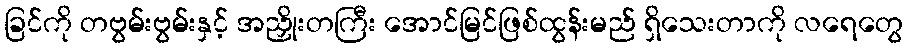
ခြင်ကို တဗွမ်းဗွမ်းနှင့် အညှိုးတကြီး အောင်မြင်ဖြစ်ထွန်းမည် ရှိသေးတာကို လရေတွေ